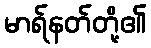
မာရ်နတ်တို့၏